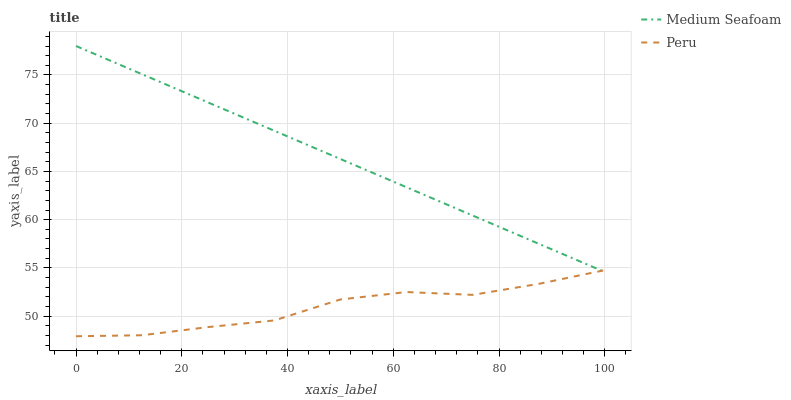
| xaxis_label | Medium Seafoam | Peru |
 | --- | --- | --- |
 | 0 | 78 | 47.9 |
 | 12.5 | 75.1 | 48 |
 | 25 | 72.1 | 48.9 |
 | 37.5 | 69.2 | 49.6 |
 | 50 | 66.3 | 51.7 |
 | 62.5 | 63.4 | 52.5 |
 | 75 | 60.4 | 52.2 |
 | 87.5 | 57.5 | 53.3 |
 | 100 | 54.6 | 54.8 |